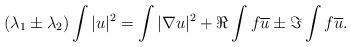
LaTeX: \begin{align*} (\lambda_1\pm\lambda_2)\int|u|^2 =\int|\nabla u|^2+\Re\int f\overline u\pm\Im\int f\overline u.\end{align*}